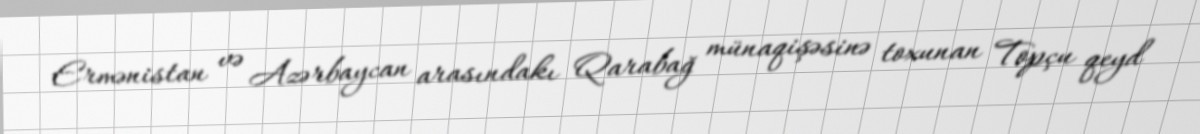
Ermənistan və Azərbaycan arasındakı Qarabağ münaqişəsinə toxunan Topçu qeyd